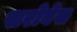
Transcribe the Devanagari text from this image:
सरोबेस